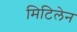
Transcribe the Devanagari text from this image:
मिटिलेन